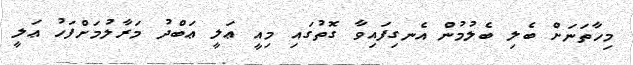
މިހާތަނަށް ބެލި ބެލުމުން އެނގިފައިވާ ގޮތުގައި މިއީ ޢަލީ ޢަބްދު މަރާލުމަށްފަހު ޢަލީ